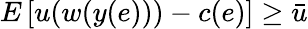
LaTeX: E\left[u(w(y(e)))-c(e)\right]\geq{\bar{u}}